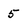
Character: 5